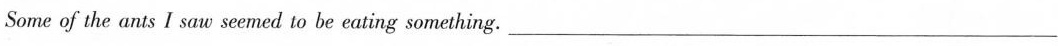
Some of the ants I saw seemed to be eating something.___